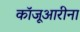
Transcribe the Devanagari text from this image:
कॉजूआरीना